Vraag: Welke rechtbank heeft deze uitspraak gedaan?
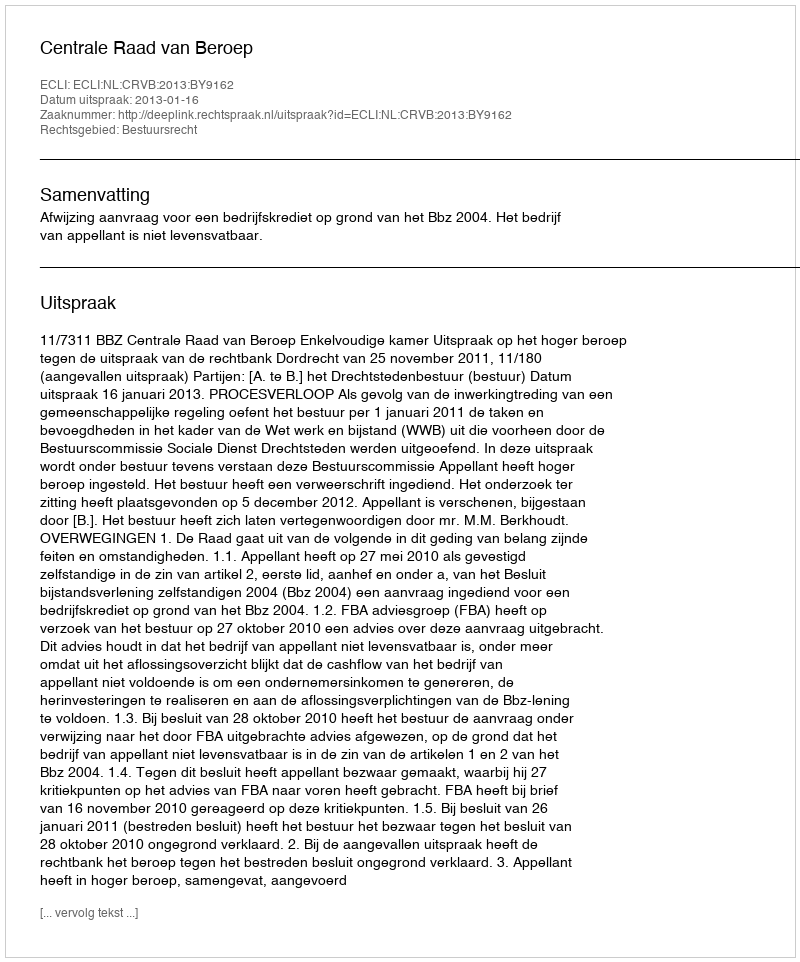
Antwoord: Centrale Raad van Beroep